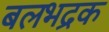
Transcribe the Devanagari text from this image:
बलभद्रक